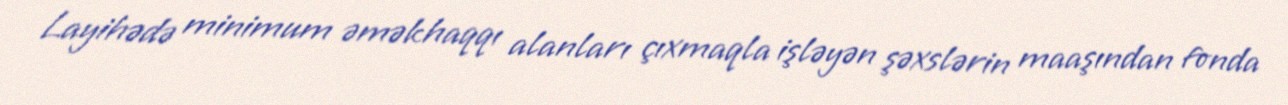
Layihədə minimum əməkhaqqı alanları çıxmaqla işləyən şəxslərin maaşından fonda